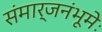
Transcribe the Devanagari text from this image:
संमार्जनंभूमेः